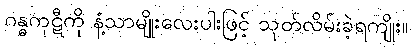
ဂန္ဓကုဋီကို နံ့သာမျိုးလေးပါးဖြင့် သုတ်လိမ်းခဲ့ရကျိုး။